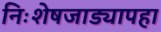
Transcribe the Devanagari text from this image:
निःशेषजाड्यापहा